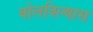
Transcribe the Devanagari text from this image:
बोलविल्यास